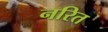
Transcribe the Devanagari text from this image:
नरित